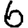
Digit: 6